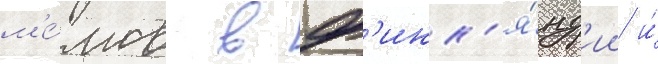
м'е́мов в ф'инл'я́нд'ии и́